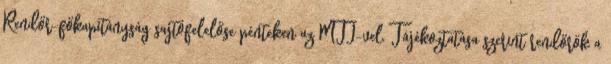
Rendőr-főkapitányság sajtófelelőse pénteken az MTI-vel. Tájékoztatása szerint rendőrök a